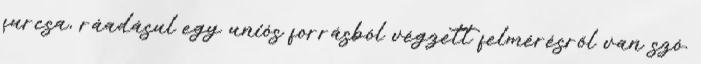
furcsa, ráadásul egy uniós forrásból végzett felmérésről van szó.